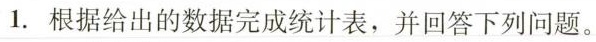
1.根据给出的数据完成统计表，并回答下列问题。